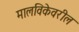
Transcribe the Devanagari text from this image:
मालविकेवरील